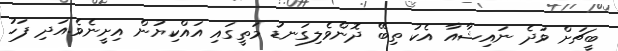
ބީޗަށް ވަދެ ނައިޝާއާ އެކު ތިބޭ ދޮންވެލިގަނޑު މަތީގައި އައްކިޔުން އިށީނެވެ.އަދި ފަހު